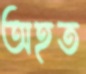
অহত